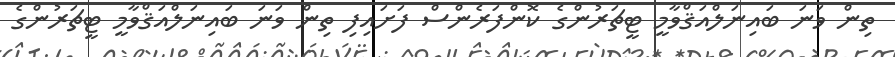
ތިން ވަނަ ބައިނަލްއަޤްވާމީ ޓީޗަރުންގެ ކޮންފަރެންސް ފަށައިފި ތިން ވަނަ ބައިނަލްއަޤްވާމީ ޓީޗަރުންގެ